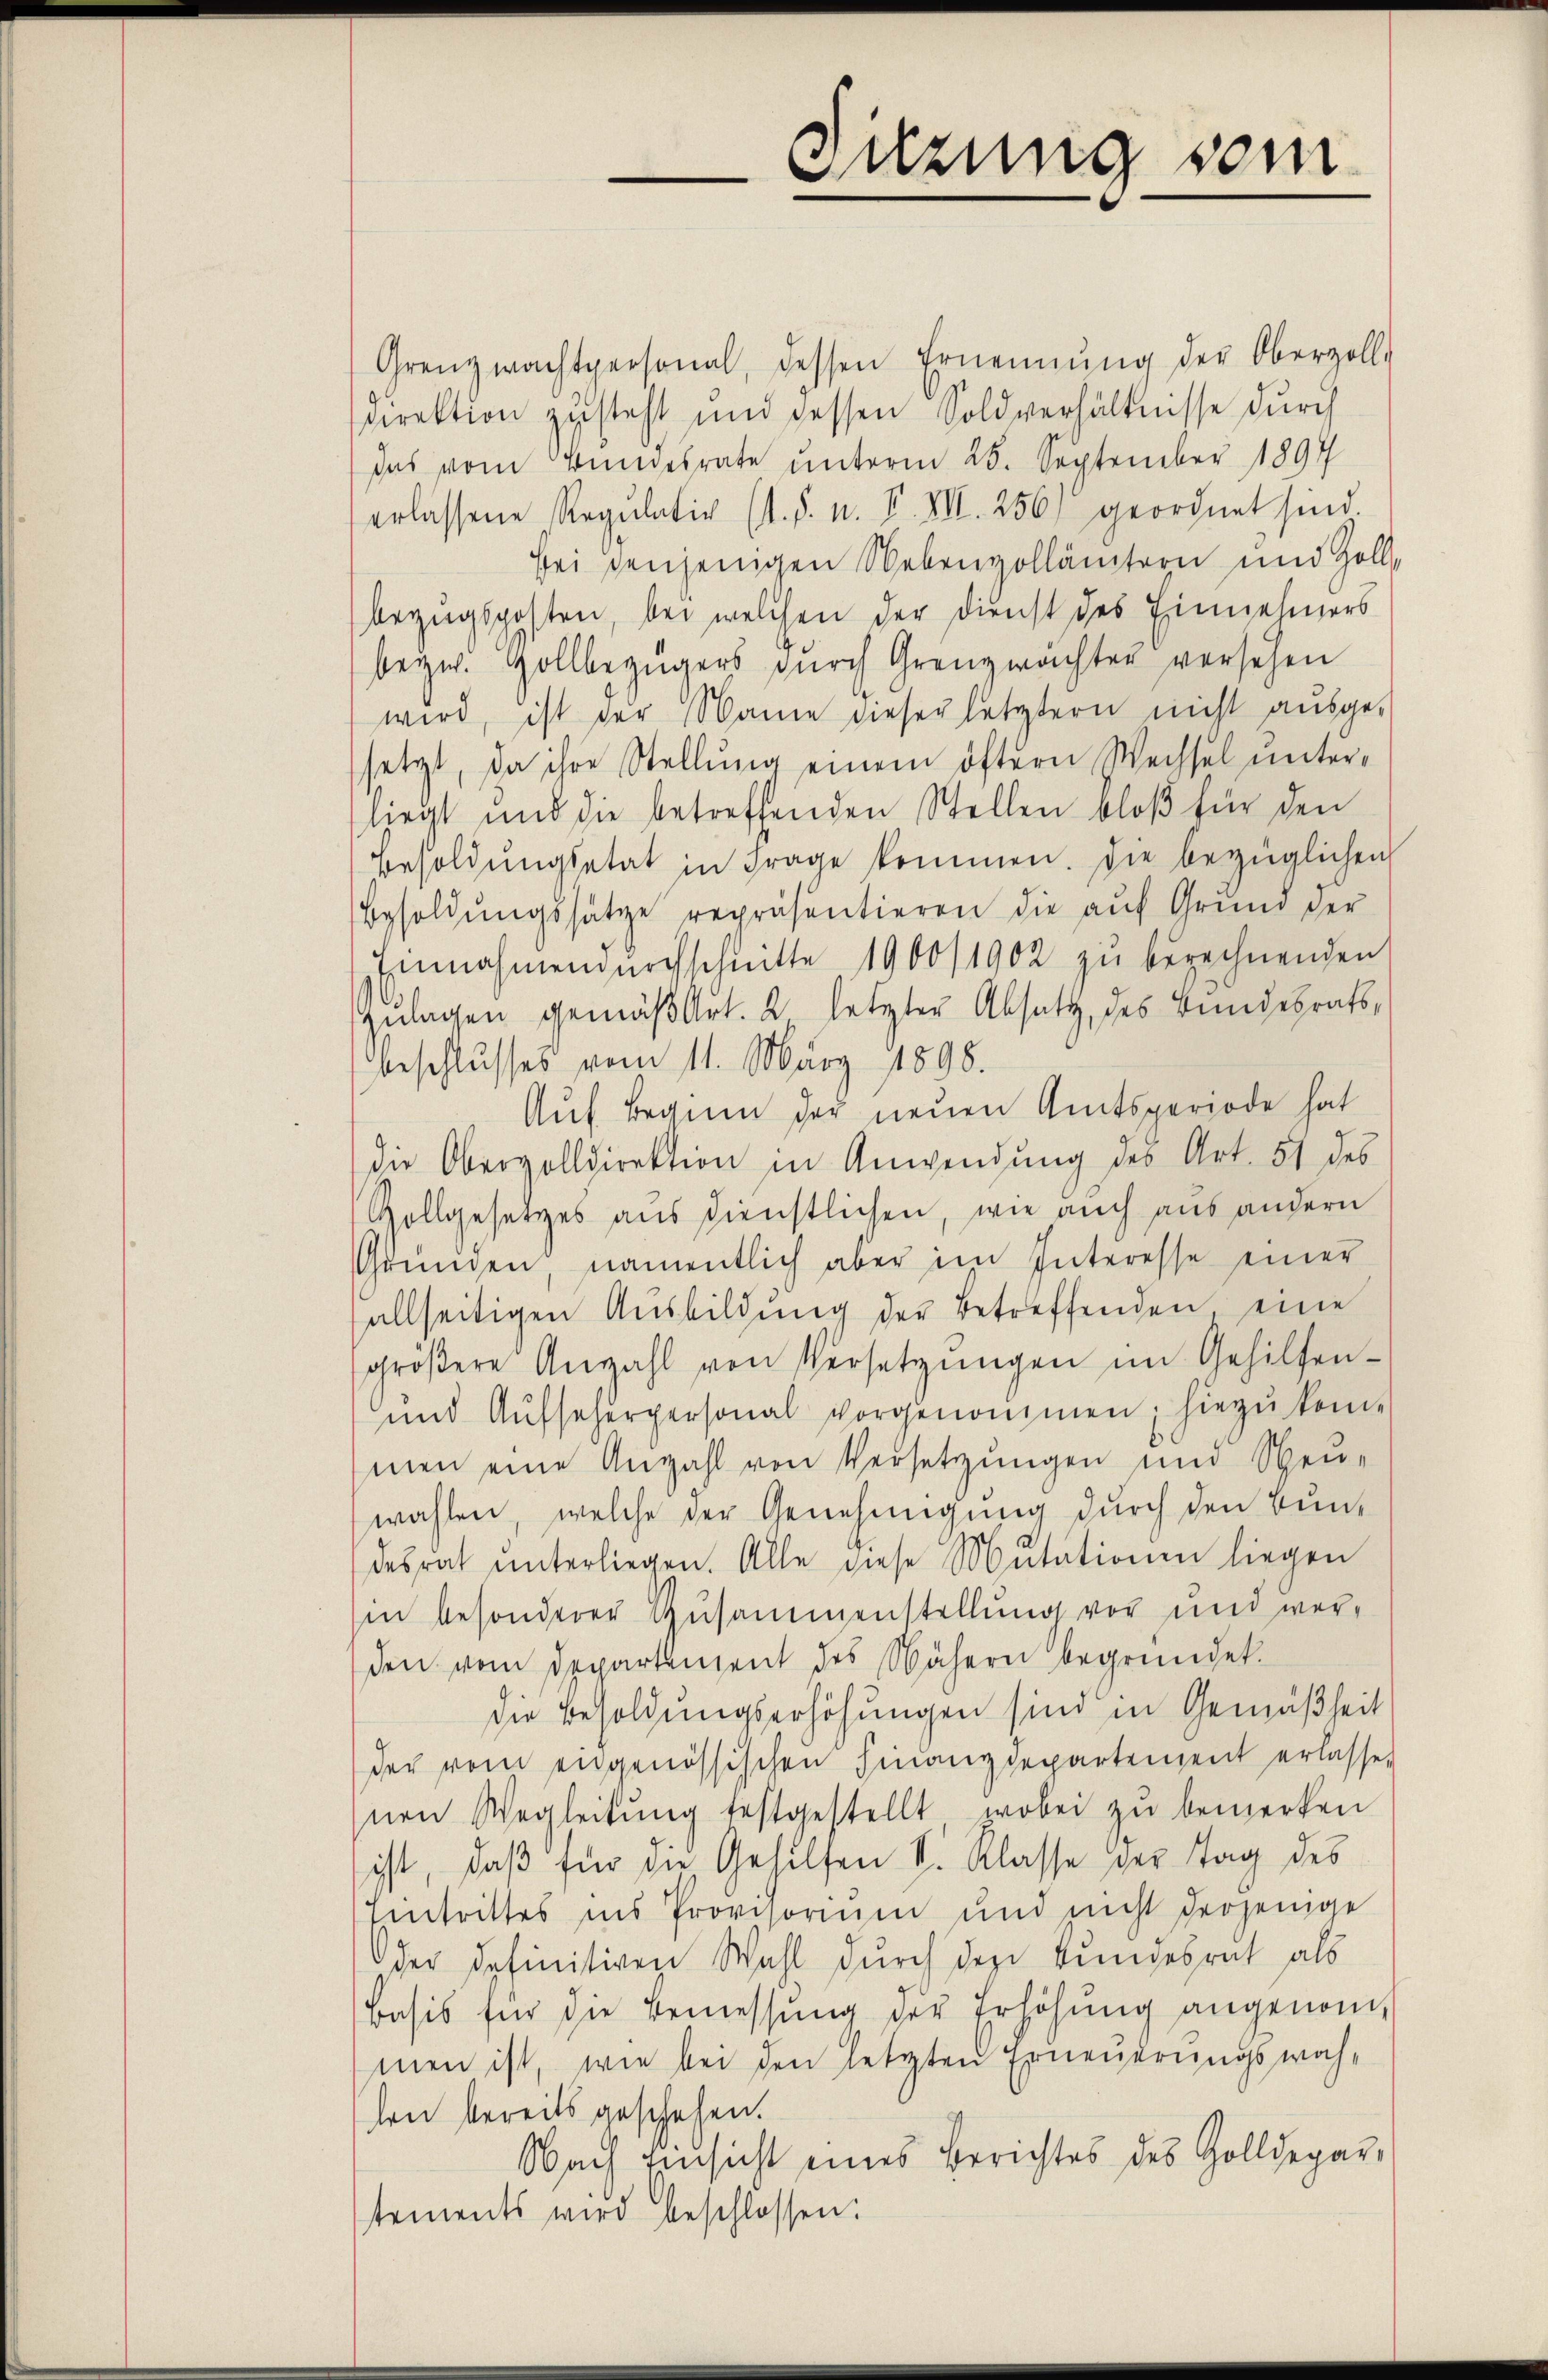
Sitzung vom

Grenzwachtpersonal, dessen Ernennung der Oberzoll-
Direktion zŭsteht und dessen Soldverhältnisse dŭrch
Das vom Bundesrate unterm 25. September 1897
erlassene Regulativ (d. h. n. F. VII. 256, geordnet sind
bei denjenigen Nebenzollämtern und Zollbezugsposten, bei welchen der Dienst des Einnehmers
bezw. Hollbezügers dŭrch Grenzwachter versehen
wird, ist der Name dieser letztern nicht ausgesetzt, da ihre Stellung einem öftern Wechsel unter-
liegt und die betreffenden Stellen bloβ für den
Besoldŭngsetat in Frage kommen. Die bezüglichen
Besoldŭngssätze repräsentieren die aŭf Grund der
Einnahmendŭrchschnitte 1900/1902 zŭ berechnenden
Zulagen gemäß Art. 2 letzter Absatz, des Bundesrats,
beschlusses vom 11. März 1898.
Auf Beginn der neuen Amtsperiode hat
die Obervolldirektion in Anwendung des Art. 51 des
Gollgesetzes aus dienstlichen, wie auch aus andern
Gründen, namentlich aber im Interesse einer
allseitigen Ausbildung der Betreffenden eine
gröβere Anzahl von Versetzŭngen im Gehilfen-
und Aŭfseherpersonal vorgenommen; hiezŭkom-
men eine Anzahl von Versetzungen und Sten-
wahlen, welche der Genehmigung durch den Bundesrat ŭnterliegen. Alle diese Mutationen liegen
in besonderer Zusammenstellung vor und ver-
den vom Departement des Nähern begründet.
die Besoldungserhöhungen sind in Gemäßheit
der vom engenössischen Finanzdepartement erlasse,
nen Wegleitŭng festgestellt, wobei zu bemerken
ist, daß für die Gehilfen S. Klasse der Tag des
Eintrittes ins Provisorium und nicht derjenige
der definitiven Wahl durch den Kundesrat als
Basis für die Bemessung der Erhöhung angenommen ist, wie bei den letzten Erneuerungswah-
len bereits geschehen.
Nach Einsicht eines Berichtes des Golldepar-
tements wird beschlossen: